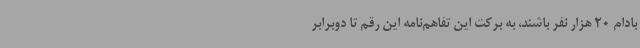
بادام 20 هزار نفر باشند، به برکت این تفاهم‌نامه این رقم تا دوبرابر